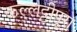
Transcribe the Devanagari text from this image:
कल्लट्टीपूरा